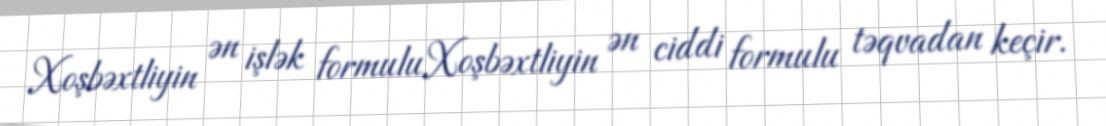
Xoşbəxtliyin ən işlək formuluXoşbəxtliyin ən ciddi formulu təqvadan keçir.